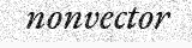
nonvector